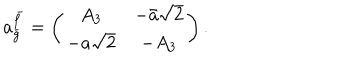
a _ { \bar { g } } ^ { \bar { f } } = \left( \begin{array} { c c } { { A _ { 3 } } } & { { - \bar { a } \sqrt { 2 } } } \\ { { - a \sqrt { 2 } } } & { { - A _ { 3 } } } \\ \end{array} \right) .